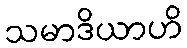
သမာဒိယာဟိ